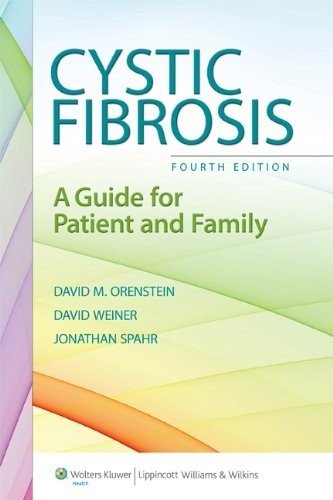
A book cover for Cystic Fibrosis: A Guide for Patient and Family; David M. Orenstein MD; Health, Fitness & Dieting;